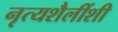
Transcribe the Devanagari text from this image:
नृत्यशैलींशी